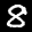
Label: 8